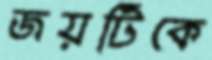
জয়টিকে